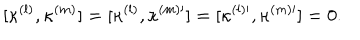
LaTeX: [ \kappa ^ { ( l ) } , \kappa ^ { ( m ) } ] = [ \kappa ^ { ( l ) } , \kappa ^ { ( m ) \prime } ] = [ \kappa ^ { ( l ) \prime } , \kappa ^ { ( m ) \prime } ] = 0 .